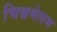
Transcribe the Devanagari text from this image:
चिन्नमेलम